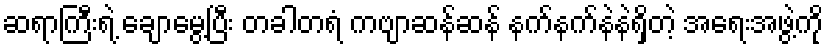
ဆရာကြီးရဲ့ ချောမွေ့ပြီး တခါတရံ ကဗျာဆန်ဆန် နက်နက်နဲနဲရှိတဲ့ အရေးအဖွဲ့ကို